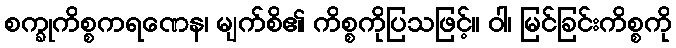
စက္ခုကိစ္စကရဏေန၊ မျက်စိ၏ ကိစ္စကိုပြသဖြင့်။ ဝါ၊ မြင်ခြင်းကိစ္စကို